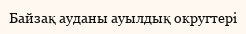
Байзақ ауданы ауылдық округтері